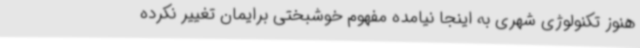
هنوز تکنولوژی شهری به اینجا نیامده مفهوم خوشبختی برایمان تغییر نکرده